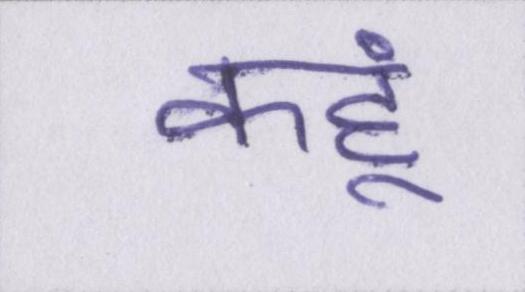
कहूं